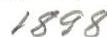
1898